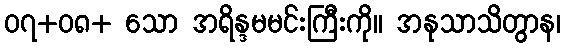
၀၇+၀၈+ သော အရိန္ဒမမင်းကြီးကို။ အနုသာသိတွာန၊